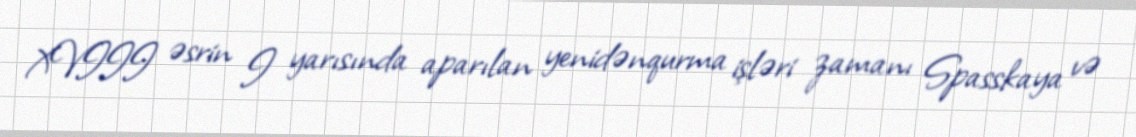
XVIII əsrin I yarısında aparılan yenidənqurma işləri zamanı Spasskaya və